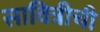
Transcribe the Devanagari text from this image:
सावित्रीची